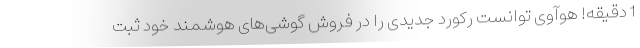
1 دقیقه! هوآوی توانست رکورد جدیدی را در فروش گوشی‌های هوشمند خود ثبت